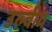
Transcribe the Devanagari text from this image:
उल्वीय